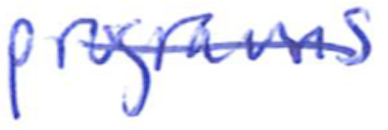
Text: programs
Cross-out: diagonal
Writing tool: ballpoint